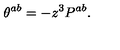
\theta ^ { a b } = - z ^ { 3 } P ^ { a b } .